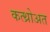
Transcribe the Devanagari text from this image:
कत्थ्रोअत